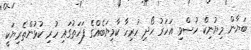
ބަޔާން މިޔުނިކް ހުސްވި އަހަރު ހޯދި ހުރިހާ ކާމިޔަބެއްގެ ފަހަތުގައި ހުރި ކުޅުންތެރިޔަކީ